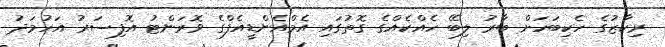
ރިކާޒުގެ ހެކިބަހަށް ބާރު ލިބޭ ހެއްކެއްގެ ގޮތުގައި އެމްއެންޑީއެފްގެ ވޮރަންޓު އޮފިސަރު އަހުމަދު